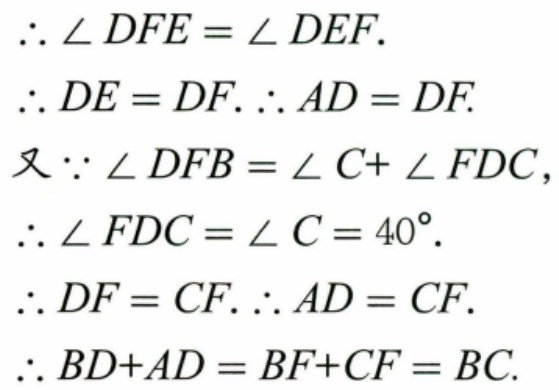
\(\therefore\angle DFE=\angle DEF.\)
\(\therefore DE = DF.\therefore AD = DF.\)
又\(\because\angle DFB=\angle C+\angle FDC\)，
\(\therefore\angle FDC=\angle C = 40^{\circ}.\)
\(\therefore DF = CF.\therefore AD = CF.\)
\(\therefore BD + AD=BF + CF = BC.\)